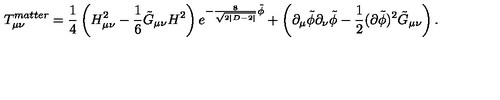
T _ { \mu \nu } ^ { m a t t e r } = \frac { 1 } { 4 } \left( H _ { \mu \nu } ^ { 2 } - \frac { 1 } { 6 } \tilde { G } _ { \mu \nu } H ^ { 2 } \right) e ^ { - \frac { 8 } { \sqrt { 2 | D - 2 | } } \tilde { \phi } } + \left( \partial _ { \mu } \tilde { \phi } \partial _ { \nu } \tilde { \phi } - \frac { 1 } { 2 } ( \partial \tilde { \phi } ) ^ { 2 } \tilde { G } _ { \mu \nu } \right) .